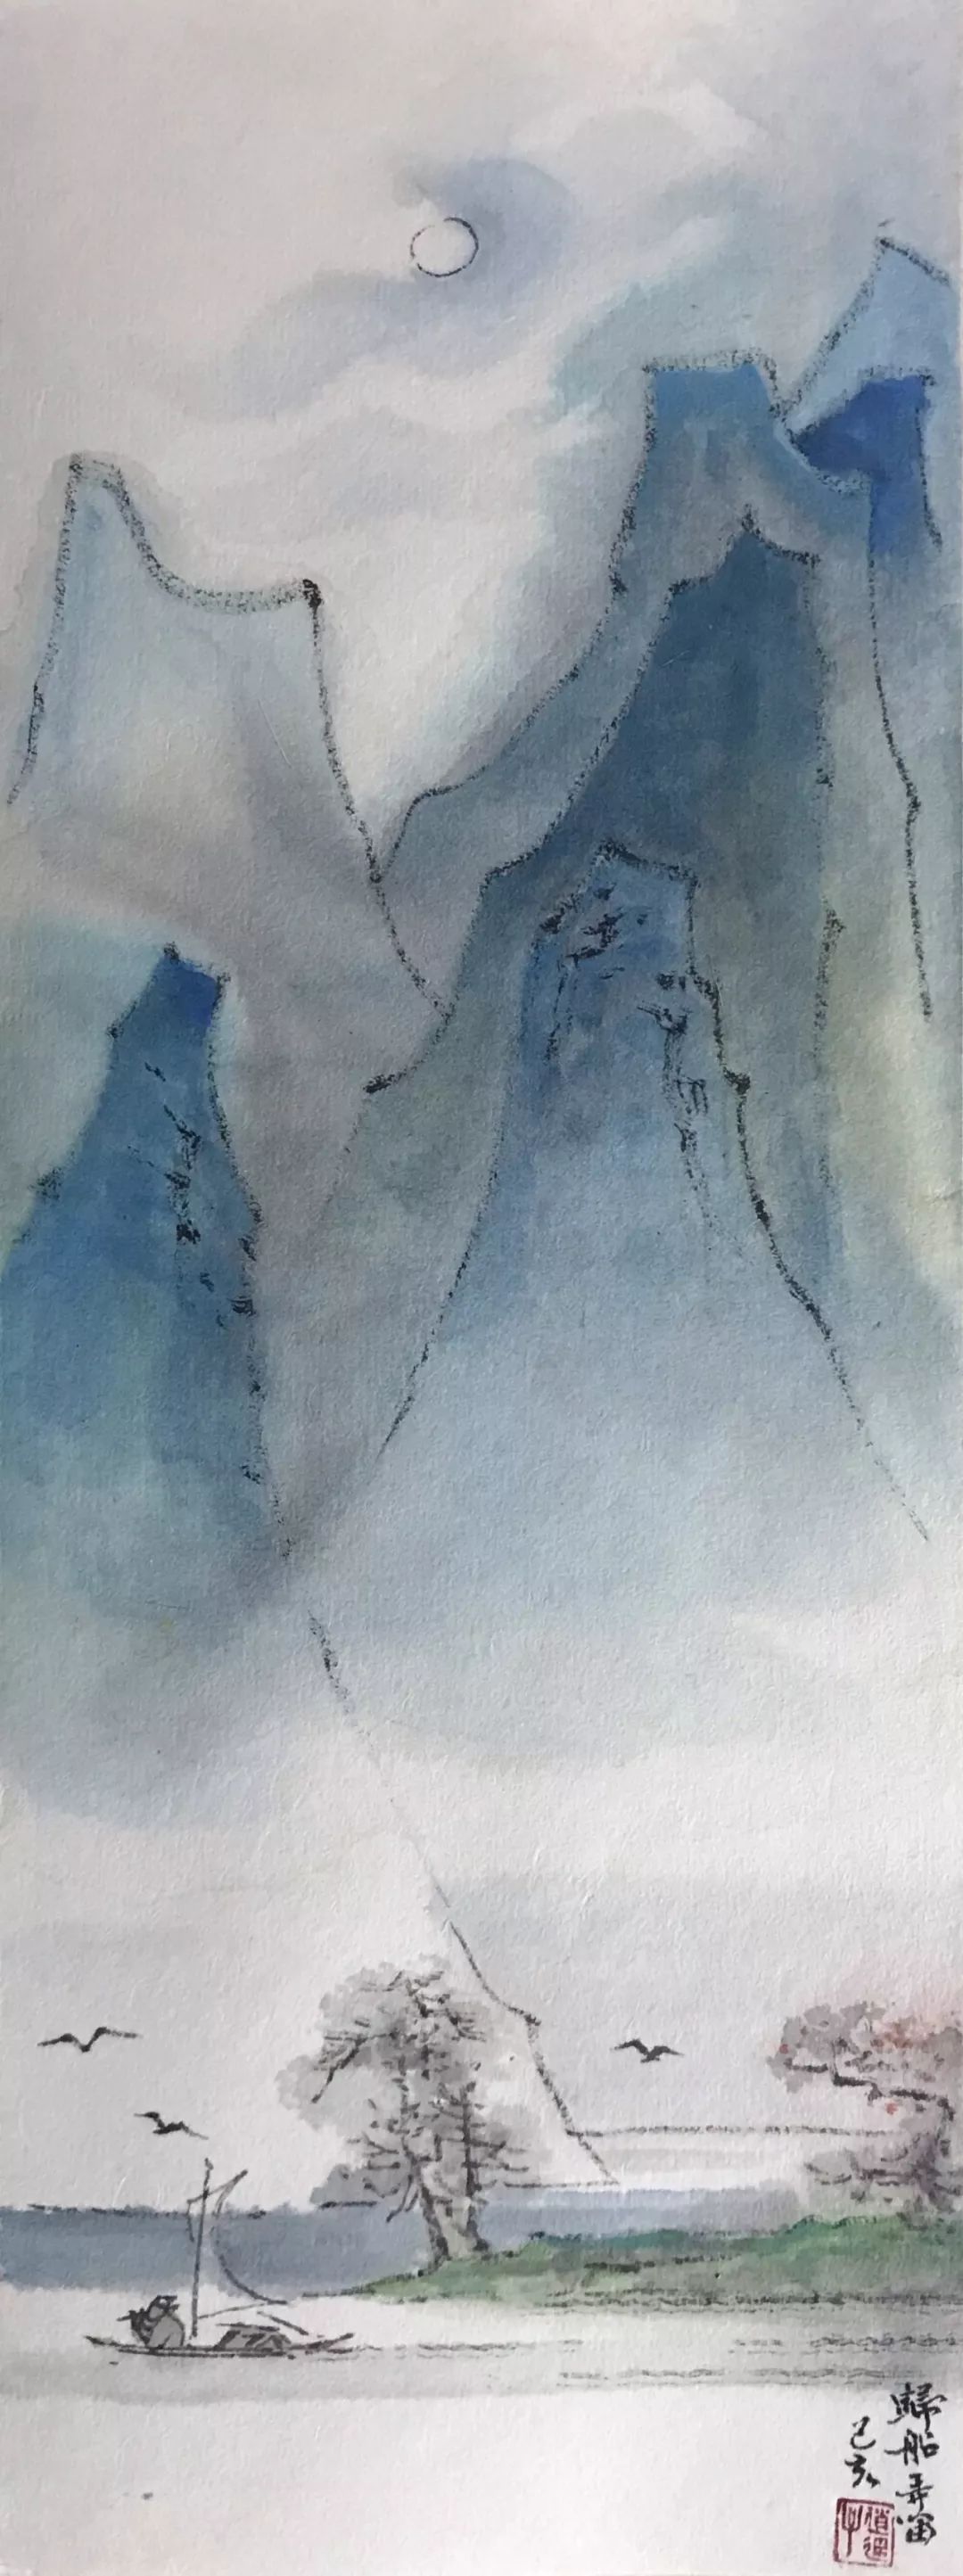
万里归船弄长笛，此心吾与白鸥盟。